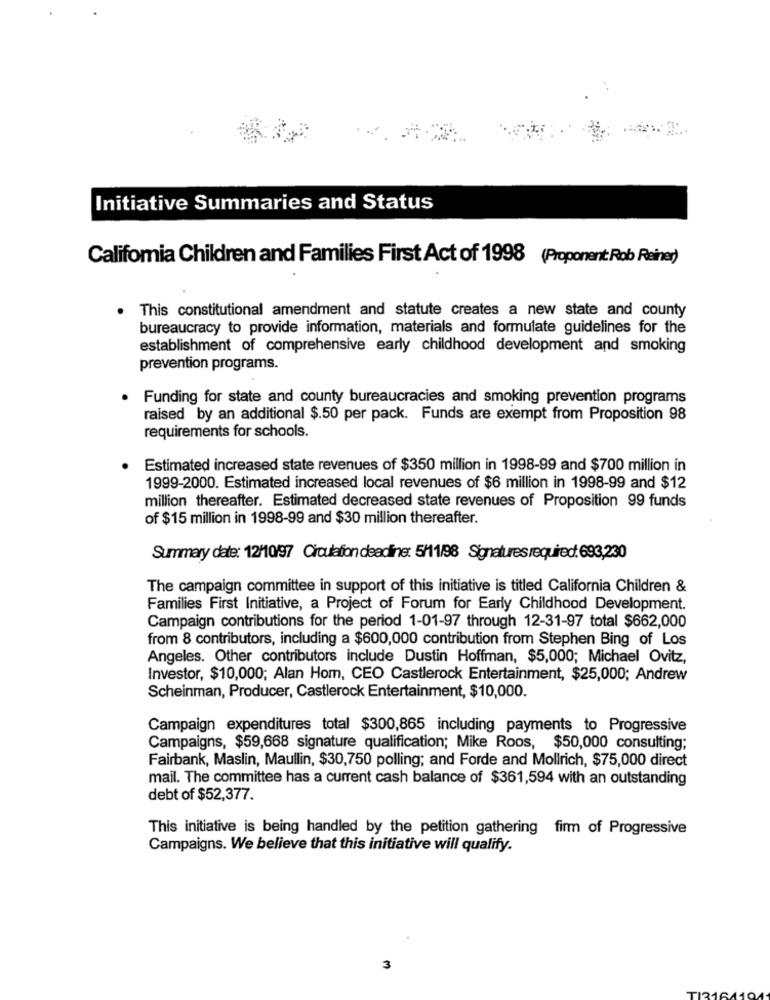
Initiative Summaries and Status
California Children and Families First Act of 1998 (Proponent Rob Reiner)
This constitutional amendment and statute creates a new state and county
bureaucracy to provide information, materials and formulate guidelines for the
establishment of comprehensive early childhood development and smoking
prevention programs.
Funding for state and county bureaucracies and smoking prevention programs
raised by an additional $.50 per pack. Funds are exempt from Proposition 98
requirements for schools.
Estimated increased state revenues of $350 million in 1998-99 and $700 million in
1999-2000. Estimated increased local revenues of $6 million in 1998-99 and $12
million thereafter. Estimated decreased state revenues of Proposition 99 funds
of $15 million in 1998-99 and $30 million thereafter.
Summary date: 12/10/97 Circulation deadline: 5/11/98 Signatures required: 693,230
The campaign committee in support of this initiative is titled California Children &
Families First Initiative, a Project of Forum for Early Childhood Development.
Campaign contributions for the period 1-01-97 through 12-31-97 total $662,000
from 8 contributors, including a $600,000 contribution from Stephen Bing of Los
Angeles. Other contributors include Dustin Hoffman, $5,000; Michael Ovitz,
Investor, $10,000; Alan Hom, CEO Castlerock Entertainment, $25,000; Andrew
Scheinman, Producer, Castlerock Entertainment, $10,000.
Campaign expenditures total $300,865 including payments to Progressive
Campaigns, $59,668 signature qualification; Mike Roos, $50,000 consulting;
Fairbank, Maslin, Maullin, $30,750 polling; and Forde and Mollrich, $75,000 direct
mail. The committee has a current cash balance of $361,594 with an outstanding
debt of $52,377.
This initiative is being handled by the petition gathering firm of Progressive
Campaigns. We believe that this initiative will qualify.
3